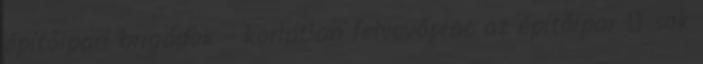
építőipari brigádok - korlátlan felvevőpiac az építőipar  sok